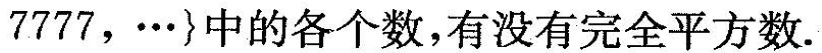
7777，…}中的各个数，有没有完全平方数.